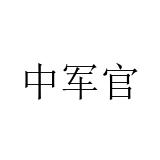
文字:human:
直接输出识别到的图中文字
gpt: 中军官